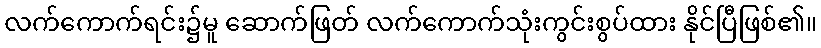
လက်ကောက်ရင်း၌မူ ဆောက်ဖြတ် လက်ကောက်သုံးကွင်းစွပ်ထား နိုင်ပြီဖြစ်၏။